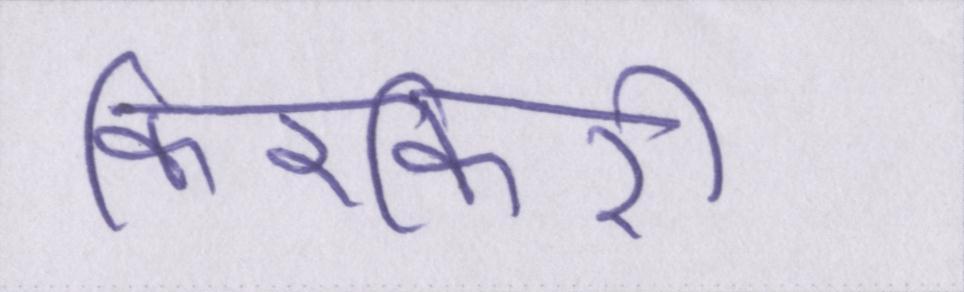
किरकिरी